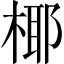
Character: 椰